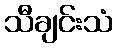
သီချင်းသံ